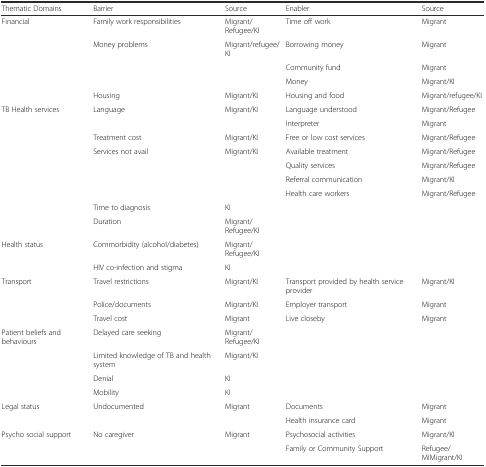
<table><thead><tr><td><b>Thematic Domains</b></td><td><b>Barrier</b></td><td><b>Source</b></td><td><b>Enabler</b></td><td><b>Source</b></td></tr></thead><tbody><tr><td>Financial</td><td>Family work responsibilities</td><td>Migrant/Refugee/KI</td><td>Time off work</td><td>Migrant</td></tr><tr><td></td><td>Money problems</td><td>Migrant/refugee/KI</td><td>Borrowing money</td><td>Migrant</td></tr><tr><td></td><td></td><td></td><td>Community fund</td><td>Migrant</td></tr><tr><td></td><td></td><td></td><td>Money</td><td>Migrant/KI</td></tr><tr><td></td><td>Housing</td><td>Migrant/KI</td><td>Housing and food</td><td>Migrant/refugee/KI</td></tr><tr><td>TB Health services</td><td>Language</td><td>Migrant/KI</td><td>Language understood</td><td>Migrant/Refugee</td></tr><tr><td></td><td></td><td></td><td>Interpreter</td><td>Migrant</td></tr><tr><td></td><td>Treatment cost</td><td>Migrant/KI</td><td>Free or low cost services</td><td>Migrant/Refugee</td></tr><tr><td></td><td>Services not avail</td><td>Migrant/KI</td><td>Available treatment</td><td>Migrant/Refugee</td></tr><tr><td></td><td></td><td></td><td>Quality services</td><td>Migrant/Refugee</td></tr><tr><td></td><td></td><td></td><td>Referral communication</td><td>Migrant/KI</td></tr><tr><td></td><td></td><td></td><td>Health care workers</td><td>Migrant/Refugee</td></tr><tr><td></td><td>Time to diagnosis</td><td>KI</td><td></td><td></td></tr><tr><td></td><td>Duration</td><td>Migrant/Refugee/KI</td><td></td><td></td></tr><tr><td>Health status</td><td>Commorbidity (alcohol/diabetes)</td><td>Migrant/Refugee/KI</td><td></td><td></td></tr><tr><td></td><td>HIV co-infection and stigma</td><td>KI</td><td></td><td></td></tr><tr><td>Transport</td><td>Travel restrictions</td><td>Migrant/KI</td><td>Transport provided by health service provider</td><td>Migrant/KI</td></tr><tr><td></td><td>Police/documents</td><td>Migrant/KI</td><td>Employer transport</td><td>Migrant</td></tr><tr><td></td><td>Travel cost</td><td>Migrant</td><td>Live closeby</td><td>Migrant</td></tr><tr><td>Patient beliefs and behaviours</td><td>Delayed care seeking</td><td>Migrant/Refugee/KI</td><td></td><td></td></tr><tr><td></td><td>Limited knowledge of TB and health system</td><td>Migrant/KI</td><td></td><td></td></tr><tr><td></td><td>Denial</td><td>KI</td><td></td><td></td></tr><tr><td></td><td>Mobility</td><td>KI</td><td></td><td></td></tr><tr><td>Legal status</td><td>Undocumented</td><td>Migrant</td><td>Documents</td><td>Migrant</td></tr><tr><td></td><td></td><td></td><td>Health insurance card</td><td>Migrant</td></tr><tr><td>Psycho social support</td><td>No caregiver</td><td>Migrant</td><td>Psychosocial activities</td><td>Migrant/KI</td></tr><tr><td></td><td></td><td></td><td>Family or Community Support</td><td>Refugee/MiMigrant/KI</td></tr></tbody></table>